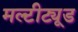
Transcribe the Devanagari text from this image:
मल्टीट्यूड